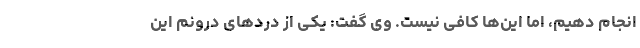
انجام دهیم، اما این‌ها کافی نیست. وی گفت: یکی از دردهای درونم این